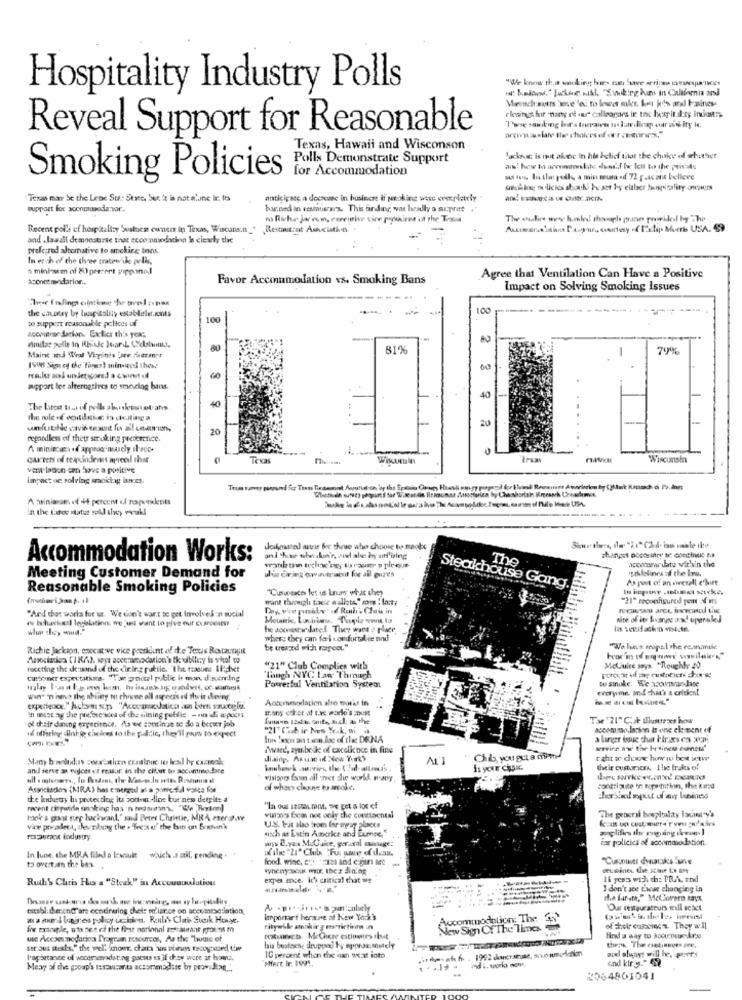
Hospitality Industry Polls
"l' beides." Jacked. nukl. "Sonoking bums in California and
Meeach satts 'te 'e. to lower miks. Les kis aral basiness
elesings fuir nany re are calleagors ir tnc hospitality inionss
Reveal Support for Reasonable
Twse sawiking bit's tourraven tos lundinap car zii ity le.
Texas, Hawaii and Wisconson
Polls Demonstrate Support
Jackeuc is not alone in his belief that the choice of whither
for Accommodation
Smoking Policies
w ns lu that pulls, a min mura off 72 gacant believe
smoking the licies sbocchi be set by either beeperality oncaers
Texas may be the Lene Sta .: Stare, but it is natalune ir. Its
anticipate a decrease in hisincre if peaking wise orepletely
support for accommoda.vor.
burned in sesmurars. This frding was headly a acpritt
Recent polls cf hospitalt:y Susten coners in Texas, Wisconsin_"
Restaurant Association
and .Jawall demonstrse that accommodation Is ciewhy the
profe;red alternative to amchire bens
In ench of the three cratow kle polis,
A mini-sem of El percert pippanad
aconet mendarlor ..
Favor Accommodation vs. Smoking Bans
Agree that Ventilation Can Have a Positive
Impact on Solving Smoking issues
Tree ( ling ontime hr bvel ones
the country boy lupitality establelar.amts
100
to support reasonable polices uf
100
accouver darkon. Extier th's yoxs
80
81%
79%
Maint and West Virginia ste fermer
1998 Siga of the Ting) minviced these
00
support for alternatives to smering bans.
40
40
umfstille cavie tesoit fu ail unanun,
20
repodless of thetr smoking peercsence.
A miniscassa of appeog marcly iteco-
CALIEts of reavindenns aprecil this
Texas
Within
Wisconsin
vent laden een Sove a positive
impact oc solving smoking isovcct.
A miniaram vf +4 percent of ropients
deshmated are fer theve who choose to meolx
Accommodation Works:
accodameiatu within the
ulis diving owintact for all euzes
The
Irklelines of the Era.
Meeting Customer Demand for
As part of an overall e'birt
Reasonable Smoking Policies
"Clavesaces let us know what they
Steakhouse Gang.
want through tace callts" sons ilanty
"21" reconfigured pont 4 ms
Day vir pusaby " .e Roth i Claus in
"And that works for us. We don't want se get Involved in sucial
nite of its burge as! operaled
he docoastw dated. They want . place
where they can feel con furtal ie nnd
Richie Jackson, executive vice peerklint of de Tenis Rotastagit
be treagod with rarpoor."
meeting the de sond of the dining public, "The reasons tlicher
"21" Club Complies with
MeCuire says. "Roughtr 20
cursouner expertatime. how p noel public le mor d'scoring
Tangh NYC Las Thrnoch
to sinoke. We apoumran Jate
Powerful Ventilation System
#voryime, ped that's a crisient
win" "n neve the shiny no choose all aspects of their deiing
Accommodation also works in
many etret at t'se world's Dust
of d'air dining experience. As we continue se do a better job
Kunnen 12st. Quite, Auch as the
idf offering dinige cicices to the padltic, they il go to expect
"21" Cach ir Nes Yok, wi
a Larger isaje cha l'iris en xum
iward, symbole of cacelk nce in fine
servien av the Ho-tinens comment'
diaing, Asuse of New York'
Chib, you get a miper
anil serve as wices of reasor, in the cifart De accommodate
their customers I he fruits of
Visignos from all over the world. pany
Associados (MRA) has emerged as a pomc f.l volta for
of whoto choose to smoke.
contrigute in topostnithin, this Karsd
de industry lu protecting its zott -.- line but nes detpits a
"In ous samtal rons, we get a lot of
tanke & gast roep bacirwand," sand Peres Christie, MRA zzerohow
visions been not only the contiacneal
The general bosplulaty lacul y's
vice president, Jevriung the . "Becs o' the ban on Boatun'k
dusch as Latin America and Eurose,"
U.S. t.it also trom far ayay laccs
aplifin thr engang ikeum]
rowueza industry.
for policies of accommodation
In lume, the MRA filed o lawsuit which .satil, pending .
food. wine, e "-zes and espun are
"Cuscoover dynaraks lune
to overturn the bes.
wheny-Beik wir. ther dinleg
cesoie the stone in aMt
Ruth's Chris Hus a "Steak" in Accounuudation
expes ence. Ich critical that we
I don't see Ewcae changing in
establ. heren(T'are continuing chet: so'iance on secomosesiation,
Our restaurateurs will seact
aamund lueines policy cezion. Roulis Clari Stik House,
Important heraune at New York's
Accommodation; The 35'
for example, was see of the first norional aos-aurant grossa m
ritywiele amaking restriction in
New Sign Of The Times
of their ousscreen. They w Il
we Accommodation Program resources, As the "hume of
find a way to koourour das
str ous steals," the well knowr. chain has alenuys recogoed twee
his beataese druppas by eppage.mitely
laportance of vocemenodating guests es if desy were ar howz.
10 percent when the aan wat into
>Hart ir. 1991.
wod always will he, port:
and kir g." 49
Meny of the group's tescausarts accommodate by providing.".
2064801041